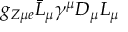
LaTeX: g _ { Z \mu e } \bar { L } _ { \mu } \gamma ^ { \mu } D _ { \mu } L _ { \mu }